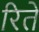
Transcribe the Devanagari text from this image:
रिते